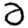
Digit: 2